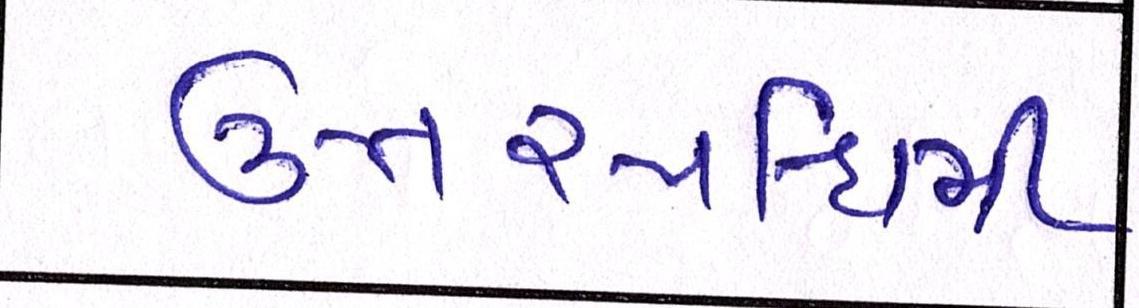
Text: ઉત્તરપશ્ચિમી